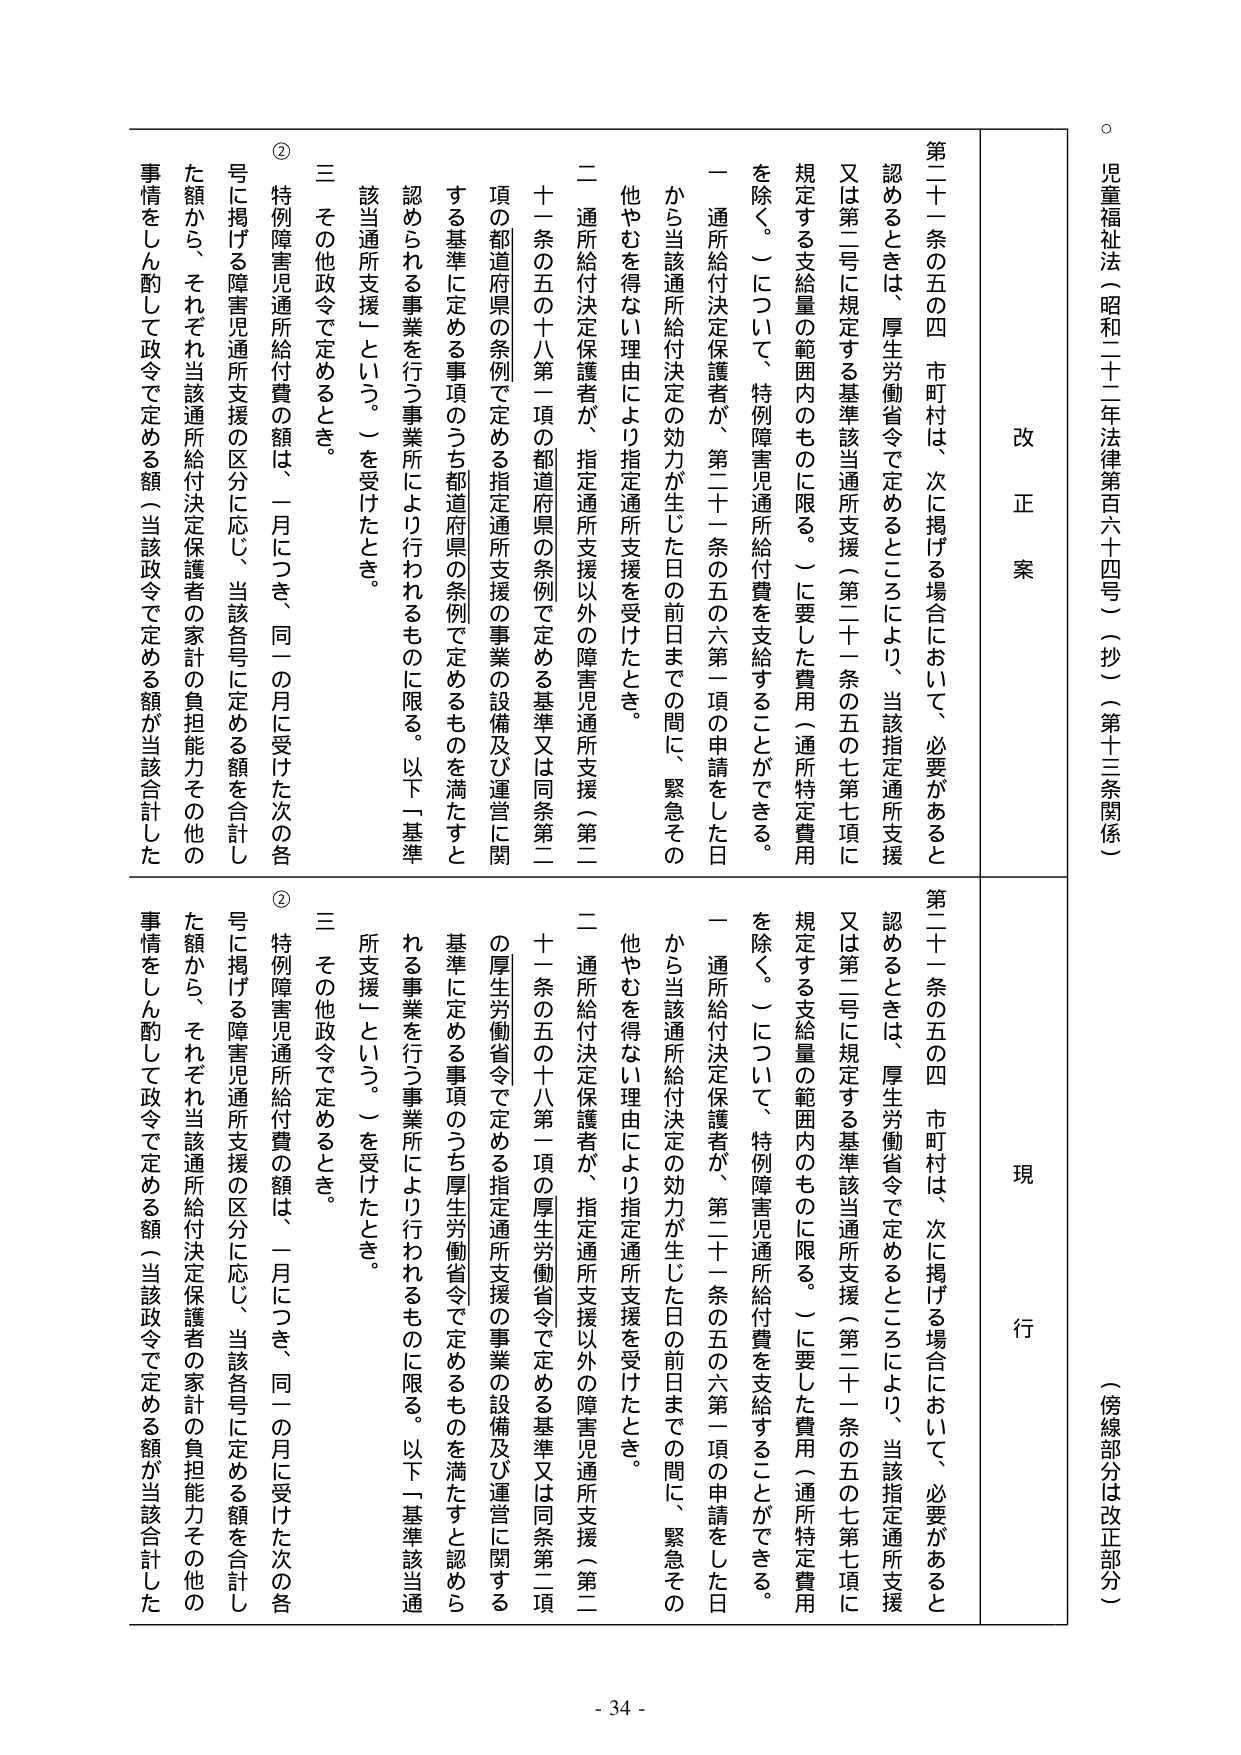
児童福祉法（昭和二十二年法律第百六十四号）（抄）（第十三条関係）
（傍線部分は改正部分）

改正案
現行

第二十一条の五の四 市町村は、次に掲げる場合において、必要があると
認めるときは、厚生労働省令で定めるところにより、当該指定通所支援
又は第二号に規定する基準該当通所支援（第二十一条の五の七第七項に
規定する支給量の範囲内にものに限る。）に要した費用（通所特定費用
を除く。）について、特例障害児通所給付費を支給することができる。
一 通所給付決定保護者が、第二十一条の五の六第一項の申請をした日
から当該通所給付決定の効力が生じた日の前日までの間に、緊急その
他やむを得ない理由により指定通所支援を受けたとき。
二 通所給付決定保護者が、指定通所支援以外の障害児通所支援（第二
十一条の五の十八第一項の都道府県の条例で定める基準又は同条第二
項の都道府県の条例で定める指定通所支援の事業の設備及び運営に関
する基準に定める事項のうち都道府県の条例で定めるものを満たすと
認められる事業を行う事業所により行われるものに限る。以下「基準
該当通所支援」という。）を受けたとき。
三 その他政令で定めるとき。
② 特例障害児通所給付費の額は、一月につき、同一の月に受けた次の各
号に掲げる障害児通所支援の区分に応じ、当該各号に定める額を合計し
た額から、それぞれ当該通所給付決定保護者の家計の負担能力その他の
事情をしん酌して政令で定める額（当該政令で定める額が当該合計した

第二十一条の五の四 市町村は、次に掲げる場合において、必要があると
認めるときは、厚生労働省令で定めるところにより、当該指定通所支援
又は第二号に規定する基準該当通所支援（第二十一条の五の七第七項に
規定する支給量の範囲内にものに限る。）に要した費用（通所特定費用
を除く。）について、特例障害児通所給付費を支給することができる。
一 通所給付決定保護者が、第二十一条の五の六第一項の申請をした日
から当該通所給付決定の効力が生じた日の前日までの間に、緊急その
他やむを得ない理由により指定通所支援を受けたとき。
二 通所給付決定保護者が、指定通所支援以外の障害児通所支援（第二
十一条の五の十八第一項の厚生労働省令で定める基準又は同条第二項
の厚生労働省令で定める指定通所支援の事業の設備及び運営に関する
基準に定める事項のうち厚生労働省令で定めるものを満たすと認めら
れる事業を行う事業所により行われるものに限る。以下「基準該当通
所支援」という。）を受けたとき。
三 その他政令で定めるとき。
② 特例障害児通所給付費の額は、一月につき、同一の月に受けた次の各
号に掲げる障害児通所支援の区分に応じ、当該各号に定める額を合計し
た額から、それぞれ当該通所給付決定保護者の家計の負担能力その他の
事情をしん酌して政令で定める額（当該政令で定める額が当該合計した

- 34 -